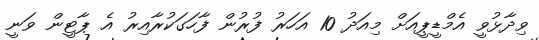
ވިދާޅުވީ އެމްޑީޕީއަށް މިއަދު 10 އަހަރު ފުރުން ފާހަގަކުރާއިރު އެ ޕާޓީން ވަނީ